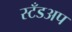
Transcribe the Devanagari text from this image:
स्टँडअप